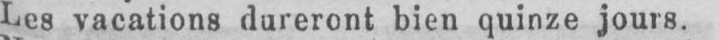
Les vacations dureront bien quinze jours.